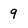
Character: 9